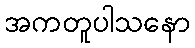
အကတူပါသနော